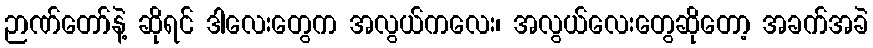
ဉာဏ်တော်နဲ့ ဆိုရင် ဒါလေးတွေက အလွယ်ကလေး၊ အလွယ်လေးတွေဆိုတော့ အခက်အခဲ